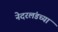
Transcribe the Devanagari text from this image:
नेदरलंडच्या